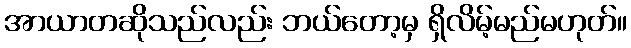
အာယာတဆိုသည်လည်း ဘယ်တော့မှ ရှိလိမ့်မည်မဟုတ်။